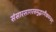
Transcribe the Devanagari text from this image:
संसारसागरसमुद्धरणैकमन्त्रम्